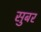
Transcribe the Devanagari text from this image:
सुबर